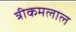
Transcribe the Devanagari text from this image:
त्रीकमलाल